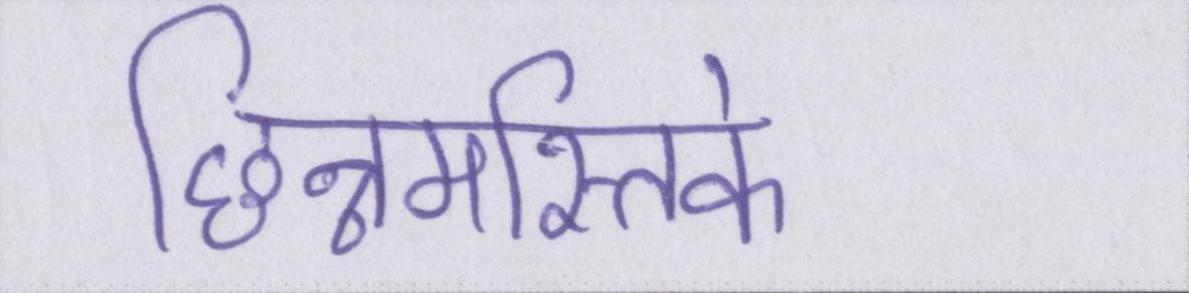
छिन्नमस्तिके